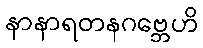
နာနာရတနဂဗ္ဘေဟိ